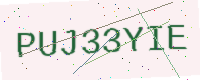
Text: PUJ33YIE